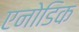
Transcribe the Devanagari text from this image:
एनोडिक